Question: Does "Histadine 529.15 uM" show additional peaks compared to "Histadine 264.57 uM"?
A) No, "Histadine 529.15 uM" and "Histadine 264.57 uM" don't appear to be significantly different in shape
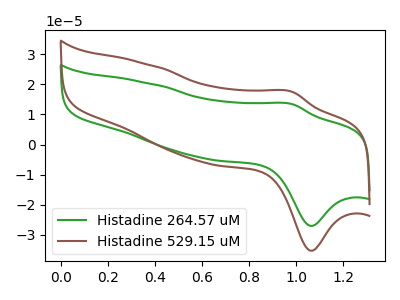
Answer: <think>The green curve "Histadine 264.57 uM" has an anodic peak at (1.00V, 13.45uA) and a cathodic peak at (1.05V, -27.05uA). The brown curve "Histadine 529.15 uM" has an anodic peak at (1.00V, 17.55uA) and a cathodic peak at (1.05V, -35.30uA).
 All the peaks in "Histadine 529.15 uM" have a peak in "Histadine 264.57 uM" at the same potential. Every peak in "Histadine 529.15 uM" is higher than every peak in "Histadine 264.57 uM".</think>
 <answer>A) No, "Histadine 529.15 uM" and "Histadine 264.57 uM" don't appear to be significantly different in shape</answer>
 <eval>A</eval>